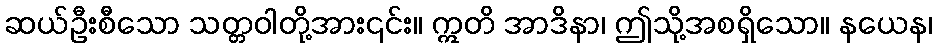
ဆယ်ဦးစီသော သတ္တဝါတို့အား၎င်း။ ဣတိ အာဒိနာ၊ ဤသို့အစရှိသော။ နယေန၊